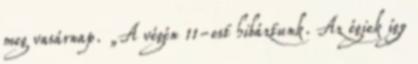
meg vasárnap. „A végén 11-est hibáztunk. Az égiek így